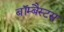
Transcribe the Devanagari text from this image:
बॉम्बैस्टस